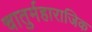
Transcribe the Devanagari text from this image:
चातुर्महाराजिक